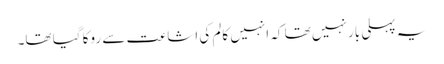
یہ پہلی بار نہیں تھا کہ انہیں کالم کی اشاعت سے روکا گیا تھا۔